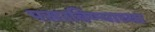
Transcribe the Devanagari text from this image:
पसरविण्याच्या